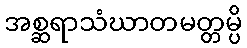
အစ္ဆရာသံဃာတမတ္တမ္ပိ